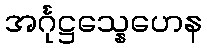
အင်္ဂုဋ္ဌသ္နေဟေန